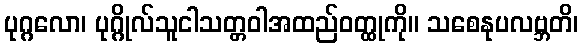
ပုဂ္ဂလော၊ ပုဂ္ဂိုလ်သူငါသတ္တဝါအထည်ဝတ္ထုကို။ သစေနုပလဗ္ဘတိ၊